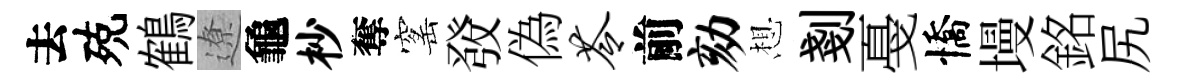
去殑鶴遼龜杪奪窰𤼲偽苓前劾想剗戞憍墁銘尻